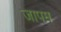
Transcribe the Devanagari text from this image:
जापम